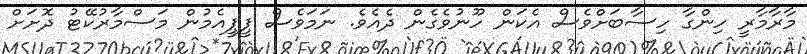
މާރާމާރީ ހިންގާ ހިސާބަށްވެސް އެކަން ހޫނުވެގެން ދެއެވެ. ނަމަވެސް ޕީޕީއެމުން މަސްމާރުކޭޓު ދޮށަށް